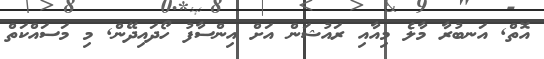
އޮތް